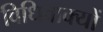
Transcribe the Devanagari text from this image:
विधिवाक्यों